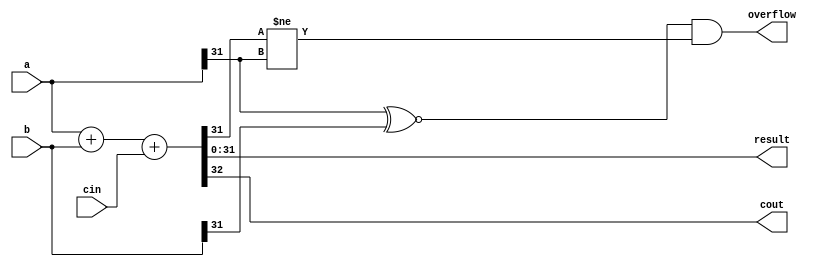
module simpleAdder (
    input wire [31:0] a,
    input wire [31:0] b, 
    input wire cin,
    output wire [31:0] result,
    output wire cout,
    output wire overflow
);

assign { cout , result}=a+b+cin;

assign overflow=(a[31]~^b[31])&(result[31]!=a[31]);


endmodule